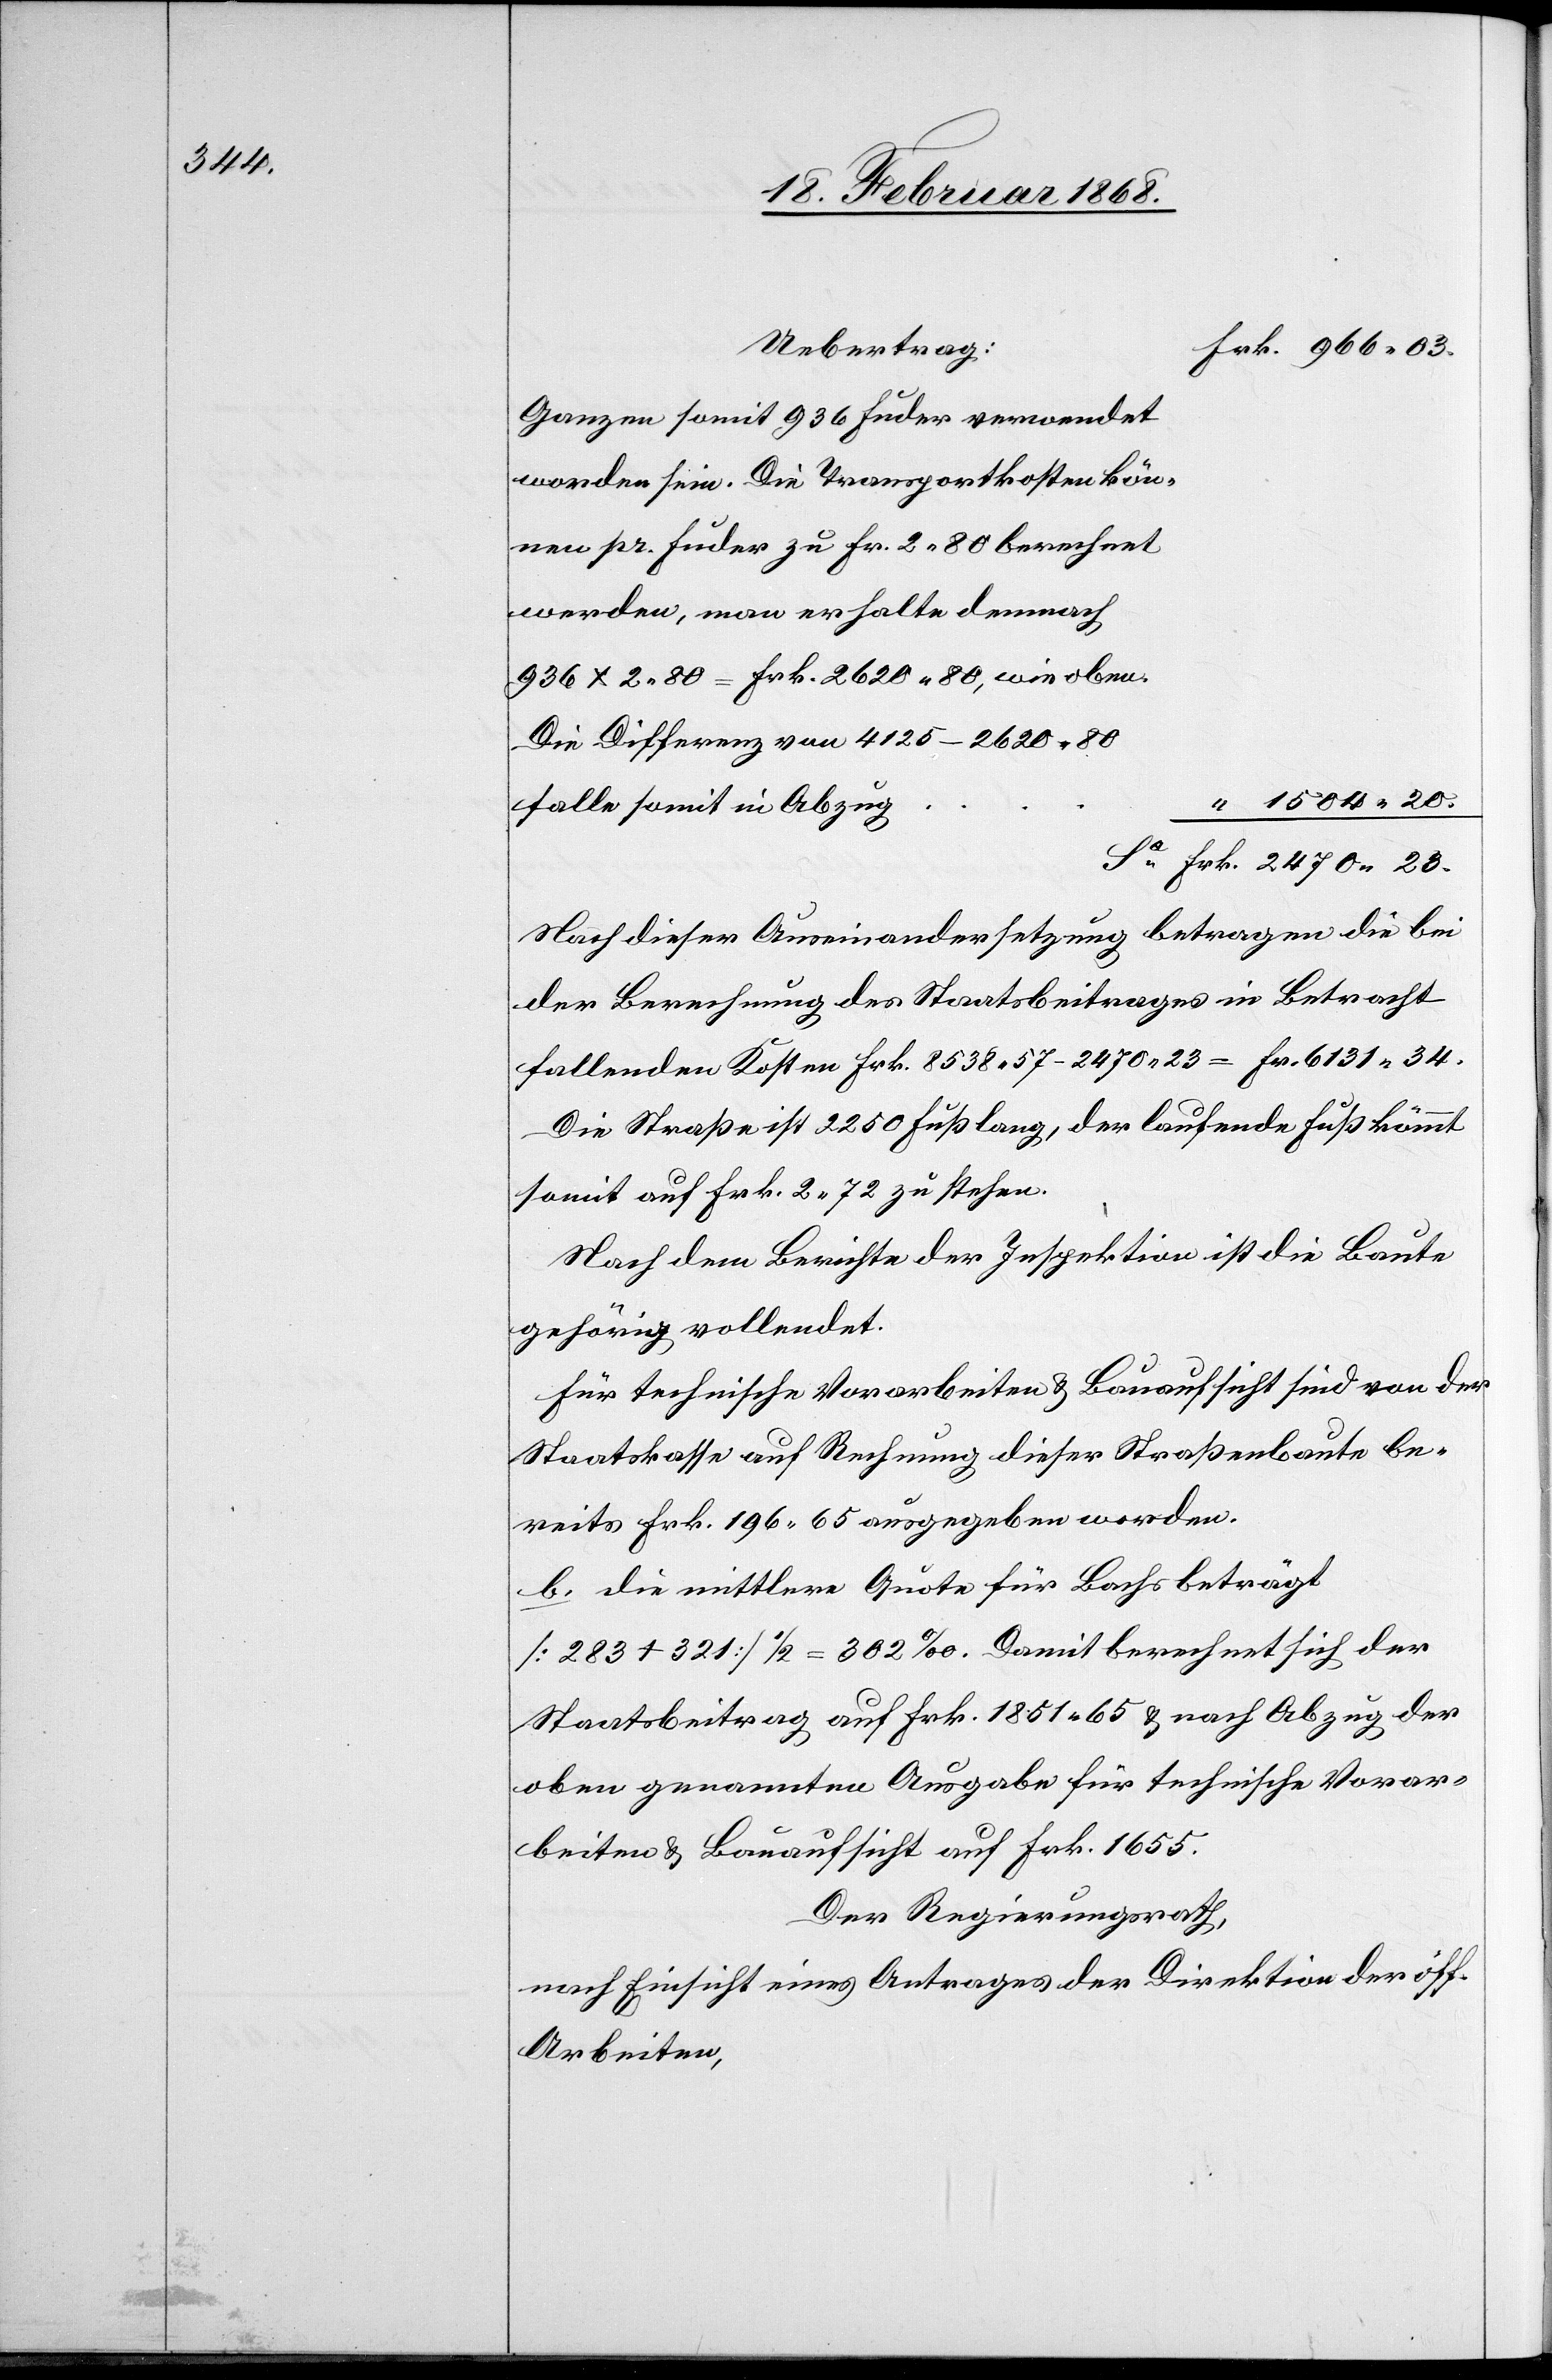
Ganzen somit 936 Fuder verwendet
worden sein. Die Transportkosten kön¬
nen pr. Fuder zu Fr. 2. 80 berechnet
werden, man erhalte demnach
936 x 2. 80 = Frk. 2620. 80, wie oben.
Die Differenz von 4125 – 2620. 80
“ 1504. 20.
falle somit in Abzug
Frk. 2470. 23.
Nach dieser Auseinandersetzung betragen die bei
der Berechnung des Staatsbeitrages in Betracht
fallenden Kosten Frk. 8538. 57 – 2470. 23 = Fr. 6131. 34.
Die Straße ist 2250 Fuß lang, der laufende Fuß kömmt
somit auf Frk. 2. 72 zu stehen.
Nach dem Berichte der Inspektion ist die Baute
gehörig vollendet.
Für technische Vorarbeiten & Bauaufsicht sind von der
Staatskasse auf Rechnung dieser Straßenbaute be¬
reits Frk. 196. 65 ausgegeben worden.
b. Die mittlere Quote für Bachs beträgt
[283 + 321] 1/2 = 302 ‰. Damit berechnet sich der
Staatsbeitrag auf Frk. 1851. 65 & nach Abzug der
oben genannten Ausgabe für technische Vorar¬
beiten & Bauaufsicht auf Frk. 1655.
Der Regierungsrath,
nach Einsicht eines Antrages der Direktion der öff.
Arbeiten,